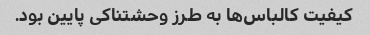
کیفیت کالباس‌ها به طرز وحشتناکی پایین بود.